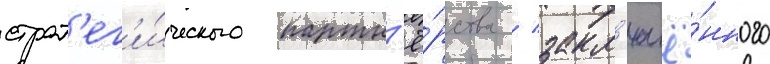
страт'ег'и́ческого партн'ё́рства / закл'ючё́нного